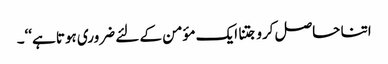
اتنا حاصل کرو جتنا ایک مؤمن کے لئے ضروری ہوتا ہے‘‘۔